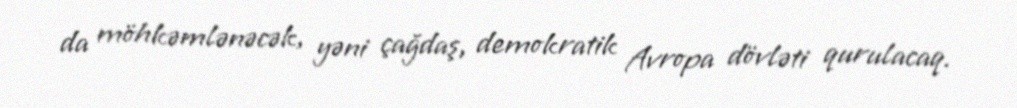
da möhkəmlənəcək, yəni çağdaş, demokratik Avropa dövləti qurulacaq.